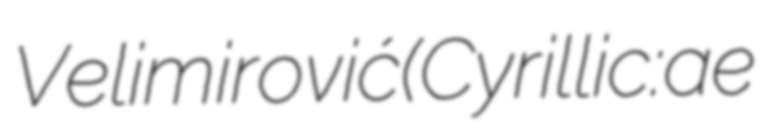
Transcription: Velimirović (Cyrillic: Пaвлe